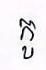
កូ